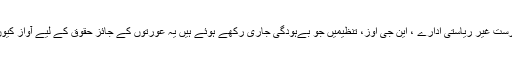
یہ کچھ مفاد پرست غیر ریاستی ادارے ، این جی اوز، تنظیمیں جو بےہودگی جاری رکھے ہوئے ہیں یہ عورتوں کے جائز حقوق کے لیے آواز کیوں نہیں اُٹھاتیں۔